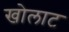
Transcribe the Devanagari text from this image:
खोलाट